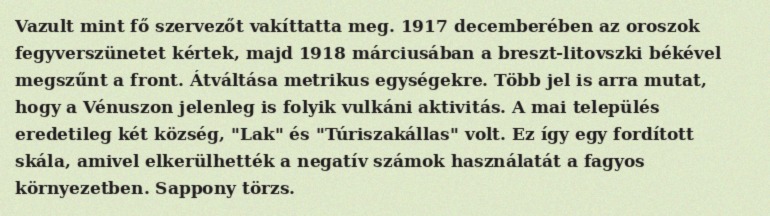
Vazult mint fő szervezőt vakíttatta meg. 1917 decemberében az oroszok fegyverszünetet kértek, majd 1918 márciusában a breszt-litovszki békével megszűnt a front. Átváltása metrikus egységekre. Több jel is arra mutat, hogy a Vénuszon jelenleg is folyik vulkáni aktivitás. A mai település eredetileg két község, "Lak" és "Túriszakállas" volt. Ez így egy fordított skála, amivel elkerülhették a negatív számok használatát a fagyos környezetben. Sappony törzs.